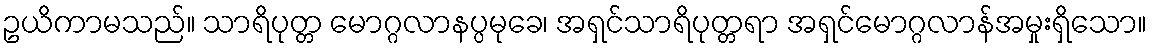
ဥယိကာမသည်။ သာရိပုတ္တ မောဂ္ဂလာနပ္ပမုခေ၊ အရှင်သာရိပုတ္တရာ အရှင်မောဂ္ဂလာန်အမှုးရှိသော။